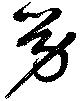
勞